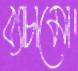
ব্যাচামো